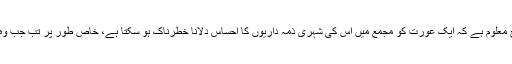
46 سال کی عمر میں مجھے یہ بات اچھی طرح معلوم ہے کہ ایک عورت کو مجمع میں اس کی شہری ذمہ داریوں کا احساس دلانا خطرناک ہو سکتا ہے، خاص طور پر تب جب وہ جان بوجھ کر قطار میں آگے آ کھڑی ہوئی ہوں۔